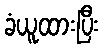
ခံယူထားပြီး